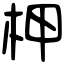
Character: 柙